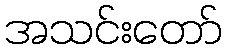
အသင်းတော်